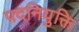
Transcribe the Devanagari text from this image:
पदनियुक्ति